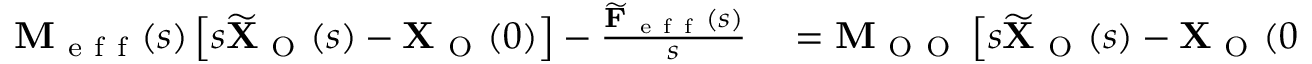
\begin{array} { r l } { \mathbf { M } _ { \mathrm { ~ e ~ f ~ f ~ } } ( s ) \left[ s \widetilde { \mathbf { X } } _ { \mathrm { ~ O ~ } } ( s ) - \mathbf { X } _ { \mathrm { ~ O ~ } } ( 0 ) \right] - \frac { \widetilde { \mathbf { F } } _ { \mathrm { ~ e ~ f ~ f ~ } } ( s ) } { s } } & { { } = \mathbf { M } _ { \mathrm { ~ O ~ O ~ } } \left[ s \widetilde { \mathbf { X } } _ { \mathrm { ~ O ~ } } ( s ) - \mathbf { X } _ { \mathrm { ~ O ~ } } ( 0 ) \right] + \mathbf { M } _ { \mathrm { ~ I ~ I ~ } } \left[ s \widetilde { \mathbf { X } } _ { \mathrm { ~ I ~ } } ( s ) - \mathbf { X } _ { \mathrm { ~ I ~ } } ( 0 ) \right] } \end{array}